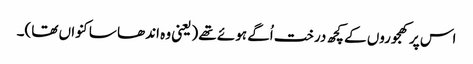
اس پر کھجوروں کے کچھ درخت اُگے ہوئے تھے (یعنی وہ اندھا سا کنواں تھا)۔